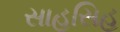
સાહસિહ